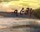
૧૯૩પ